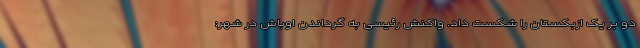
دو بر یک ازبکستان را شکست داد. واکنش رئیسی به گرداندن اوباش در شهر: